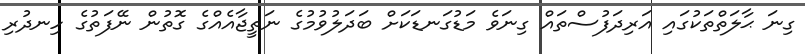
ގިނަ ޙާލަތްތަކުގައި އަރިދަފުސްތައް ގިނަވެ މަޑުގަނޑަކަށް ބަދަލުވުމުގެ ނަތީޖާއެއްގެ ގޮތުން ނޭފަތުގެ ހިނދުރި